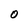
Character: O